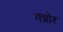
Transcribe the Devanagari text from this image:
गन्नोर